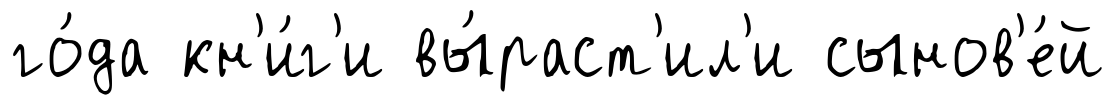
го́да кн'и́г'и вы́раст'ил'и сынов'е́й